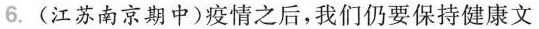
6.(江苏南京期中)疫情之后，我们仍要保持健康文